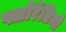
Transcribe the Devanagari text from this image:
फ्लोरेंतिनो